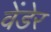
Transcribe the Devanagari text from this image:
वेंडेर